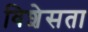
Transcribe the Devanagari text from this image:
विशेसता